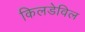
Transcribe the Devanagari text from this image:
किलडेविल